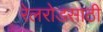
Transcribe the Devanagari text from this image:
रेलरोडसाठी